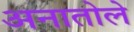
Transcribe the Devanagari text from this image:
अनातोले